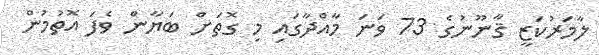
ލާމަރުކަޒީ ޤާނޫނުގެ 73 ވަނަ މާއްދާގައި މި ގޮތަށް ބަޔާން ވެފަ އޮތުމުން